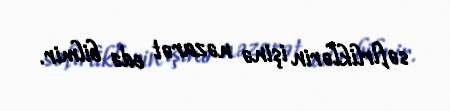
səfirliklərin işinə nəzarət edə bilmir.